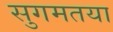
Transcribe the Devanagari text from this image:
सुगमतया